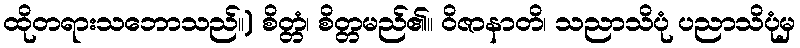
ထိုတရားသဘောသည်။) စိတ္တံ၊ စိတ္တမည်၏။ ဝိဇာနာတိ၊ သညာသိပုံ ပညာသိပုံမှ